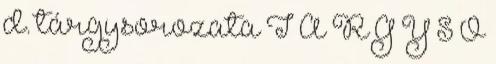
d. tárgysorozata T Á R G Y S O